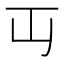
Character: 𬺶